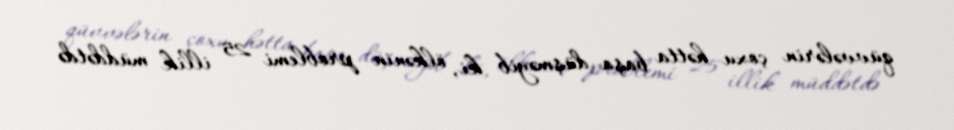
qüvvələrin çoxu hətta başa düşməyib ki, ölkənin problemi 25 illik müddətdə